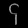
Digit: ၄